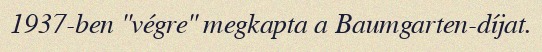
1937-ben "végre" megkapta a Baumgarten-díjat.